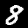
Label: 8